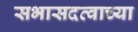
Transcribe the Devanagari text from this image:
सभासदत्वाच्या